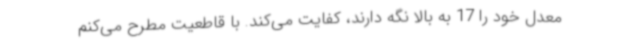
معدل خود را 17 به بالا نگه دارند، کفایت می‌کند. با قاطعیت مطرح می‌کنم